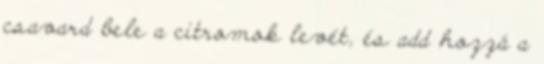
csavard bele a citromok levét, és add hozzá a